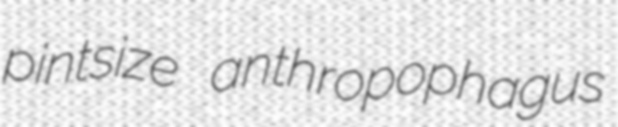
pintsize anthropophagus